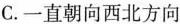
C.一直朝向西北方向